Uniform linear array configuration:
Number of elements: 64
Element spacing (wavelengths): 0.75
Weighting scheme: binomial
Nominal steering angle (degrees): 60
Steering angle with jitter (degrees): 61.805
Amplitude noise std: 0.05
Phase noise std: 0.05

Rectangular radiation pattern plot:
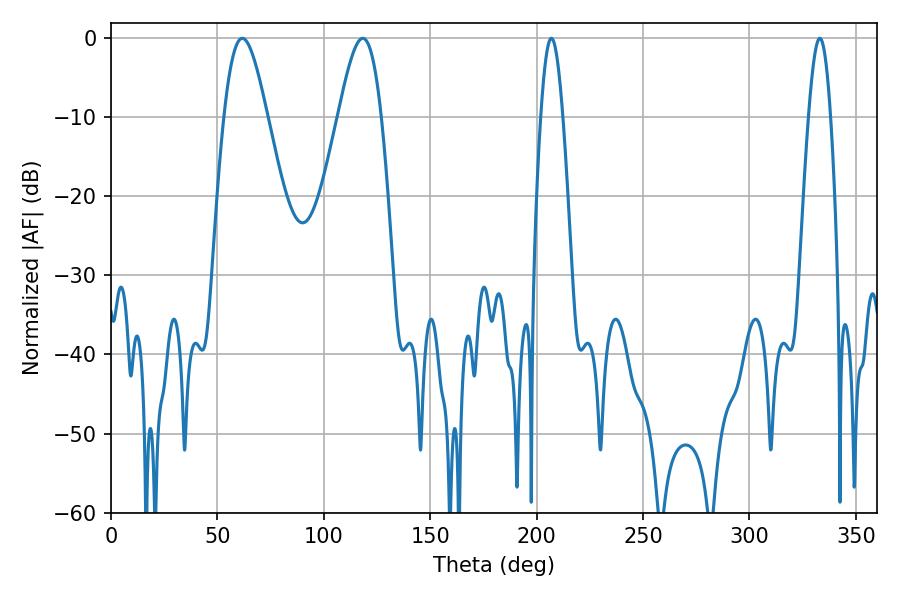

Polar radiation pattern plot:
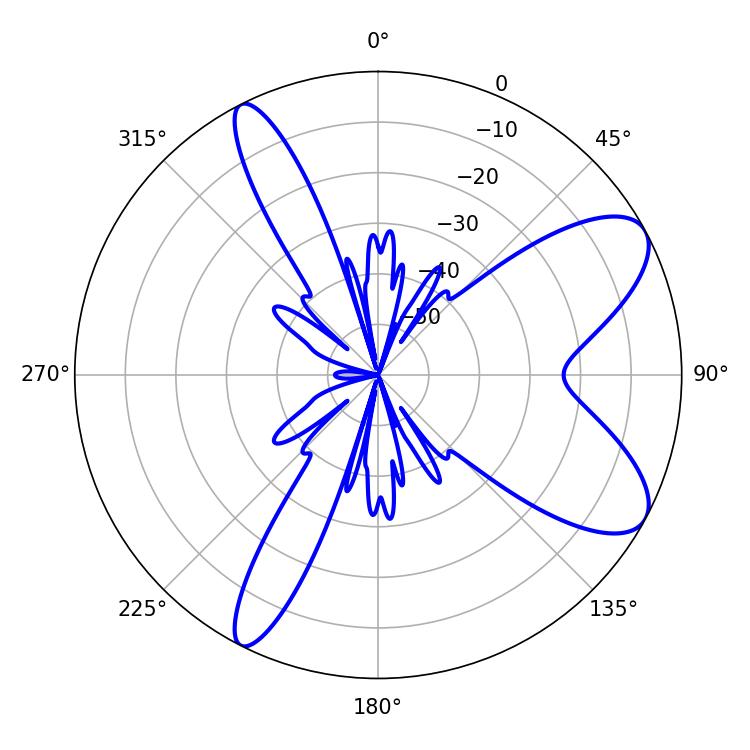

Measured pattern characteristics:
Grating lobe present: TRUE
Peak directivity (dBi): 8.632
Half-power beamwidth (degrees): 10.8
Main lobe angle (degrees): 61.74